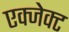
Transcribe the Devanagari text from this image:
एक्जेक्ट